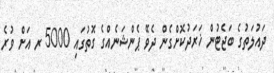
ދައުލަތުގެ ބަޖެޓުން ޚަރަދުކޮށްގެން ދެވޭ ޕެންޝަނެއްގެ ގޮތުގައި 5000 ރ އަށް ވުރެ